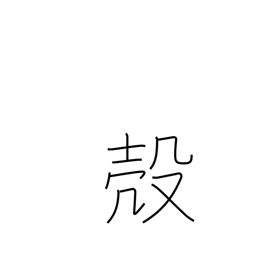
Meaning: husk